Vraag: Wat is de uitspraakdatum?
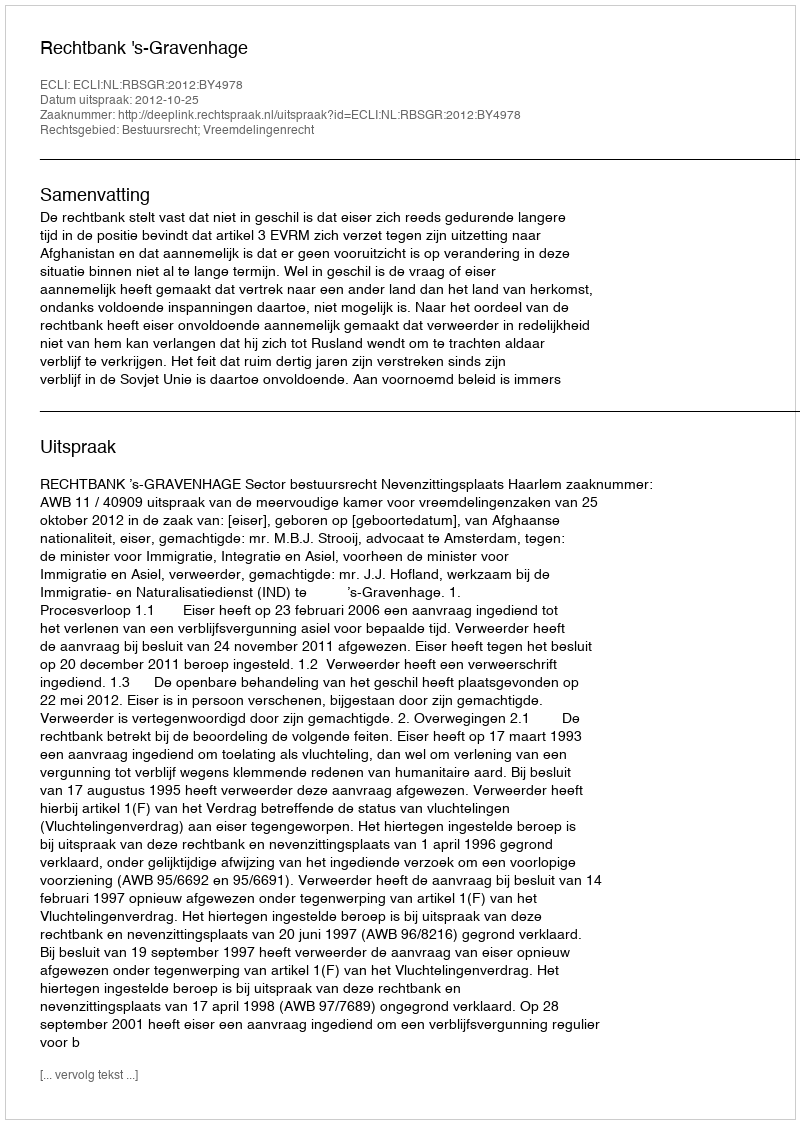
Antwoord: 2012-10-25